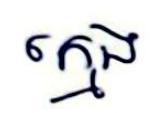
ក្មេង